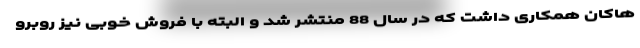
هاکان همکاری داشت که در سال 88 منتشر شد و البته با فروش خوبی نیز روبرو